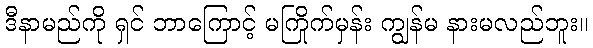
ဒီနာမည်ကို ရှင် ဘာကြောင့် မကြိုက်မှန်း ကျွန်မ နားမလည်ဘူး။